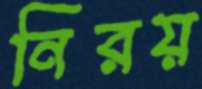
নিরয়